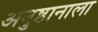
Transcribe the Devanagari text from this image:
अनुष्ठानाला